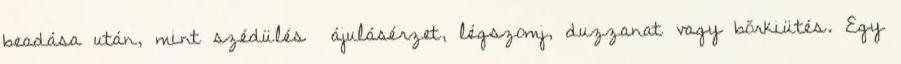
beadása után, mint szédülés ájulásérzet, légszomj, duzzanat vagy bőrkiütés. Egy